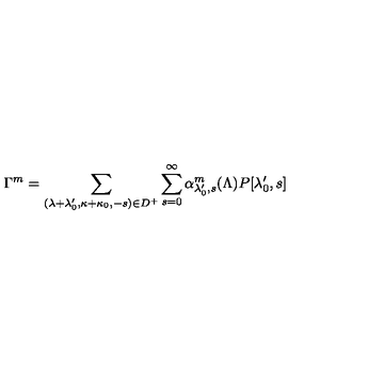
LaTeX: \Gamma ^ { m } = \sum _ { ( \lambda + \lambda _ { 0 } ^ { \prime } , \kappa + \kappa _ { 0 } , - s ) \in D ^ { + } } \sum _ { s = 0 } ^ { \infty } \alpha _ { \lambda _ { 0 } ^ { \prime } , s } ^ { m } ( \Lambda ) P [ \lambda _ { 0 } ^ { \prime } , s ]